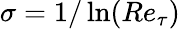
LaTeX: \sigma=1/\ln(Re_{\tau})